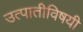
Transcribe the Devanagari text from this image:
उत्पातीविषयी